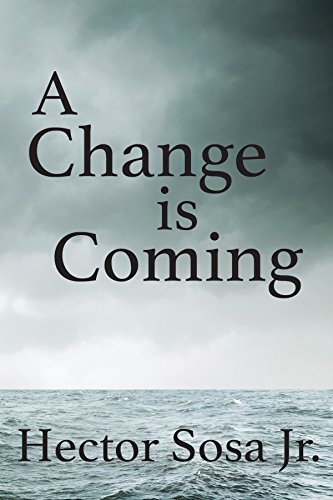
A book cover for A Change is Coming; Hector Sosa Jr.; Christian Books & Bibles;